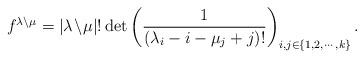
LaTeX: \begin{align*}f^{\lambda\setminus \mu} = |\lambda\!\setminus\!\mu|! \det \left(\frac{1}{(\lambda_i-i-\mu_j+j)!}\right)_{i,j \in \{1,2,\cdots,k\}}.\end{align*}